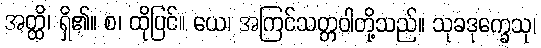
အတ္ထိ၊ ရှိ၏။ စ၊ ထိုပြင်။ ယေ၊ အကြင်သတ္တဝါတို့သည်။ သုခဒုက္ခေသု၊